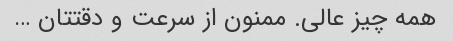
همه چیز عالی. ممنون از سرعت و دقتتان …